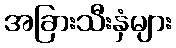
အခြားသီးနှံများ